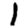
Digit: 1